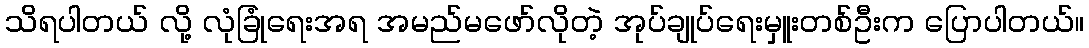
သိရပါတယ် လို့ လုံခြုံရေးအရ အမည်မဖော်လိုတဲ့ အုပ်ချုပ်ရေးမှူးတစ်ဦးက ပြောပါတယ်။